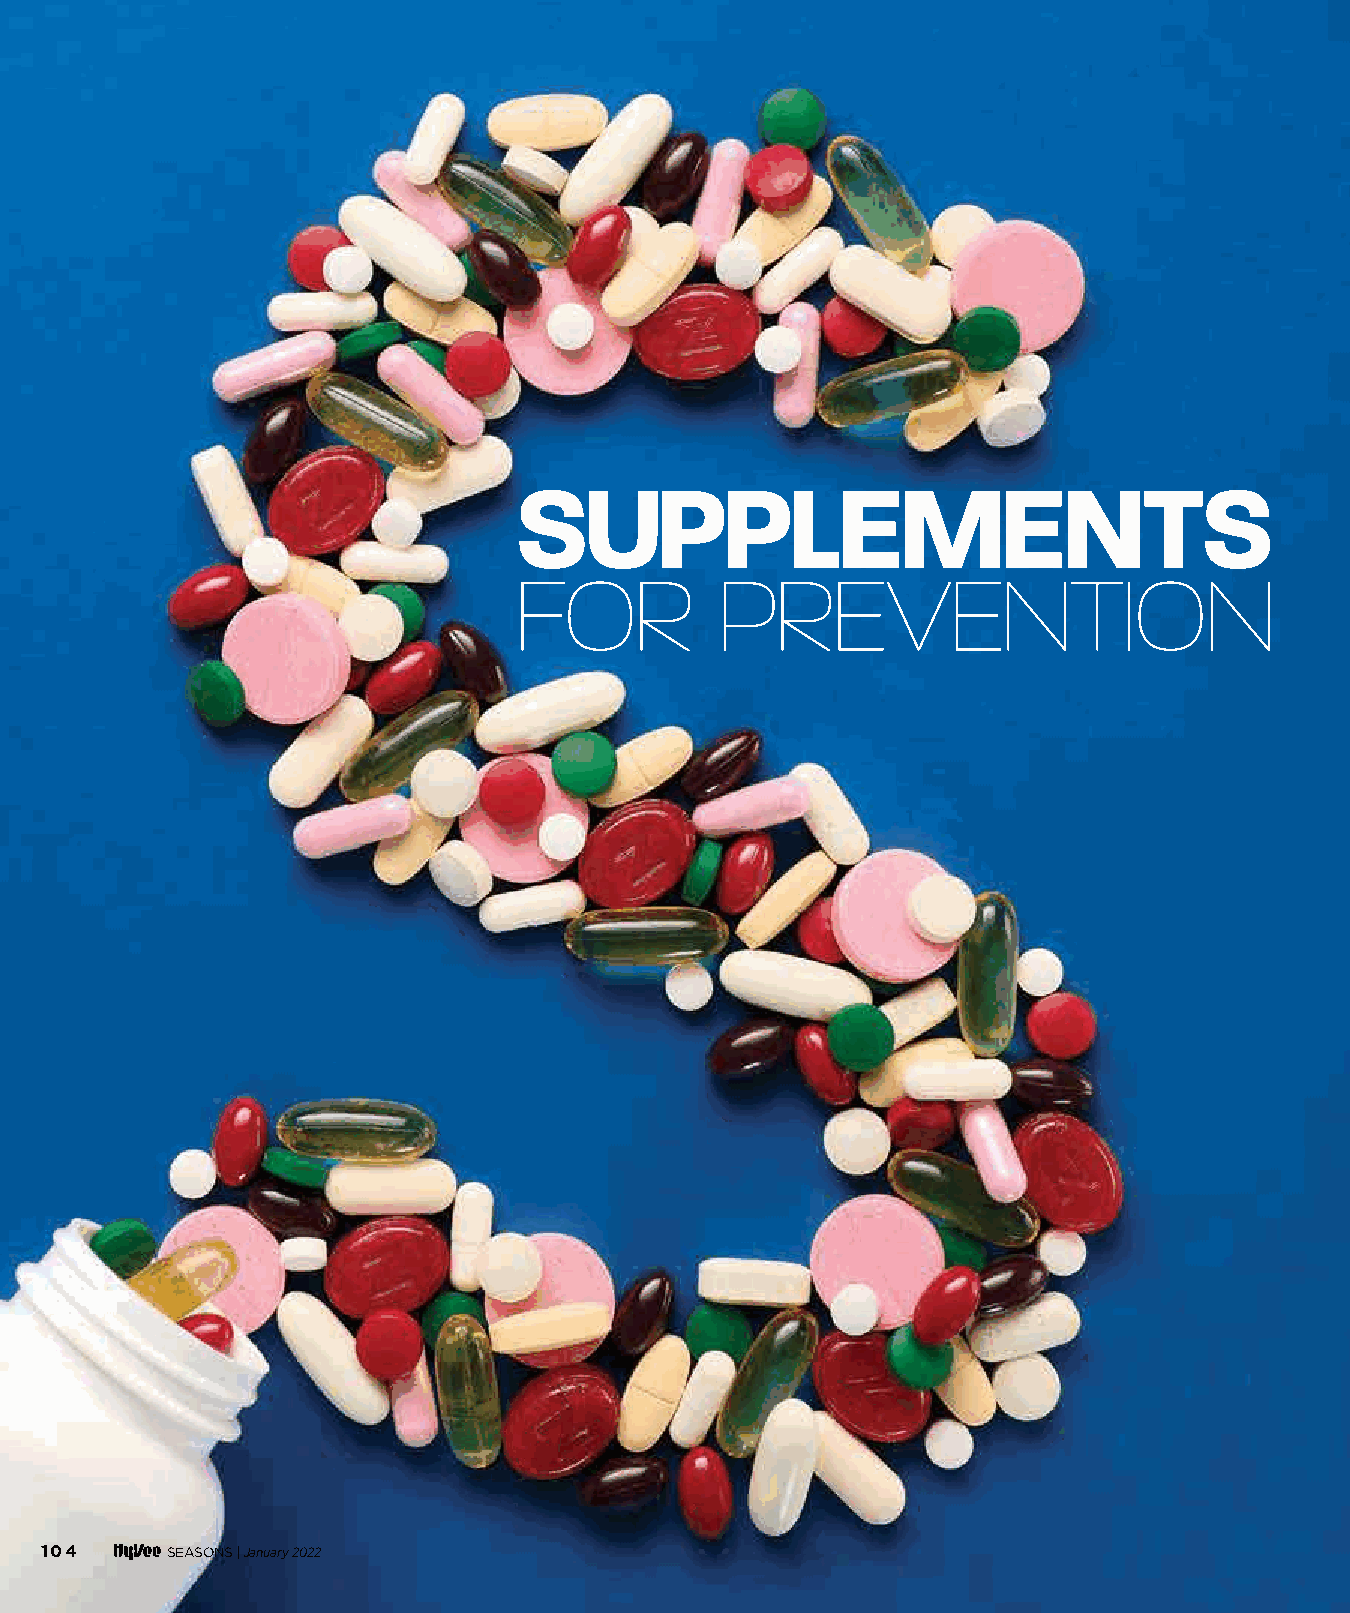
SUPPLEMENTS
 FFOORR        PPRREEVVEENNTTIIOONN
 104     SEASONS | January 2022
 110044--110077 SSuupppplleemmeennttss ffoorr PPrreevveennttiioonn__1111..2299..iinndddd 110044 1111//2299//2211 22::2233 PPMM